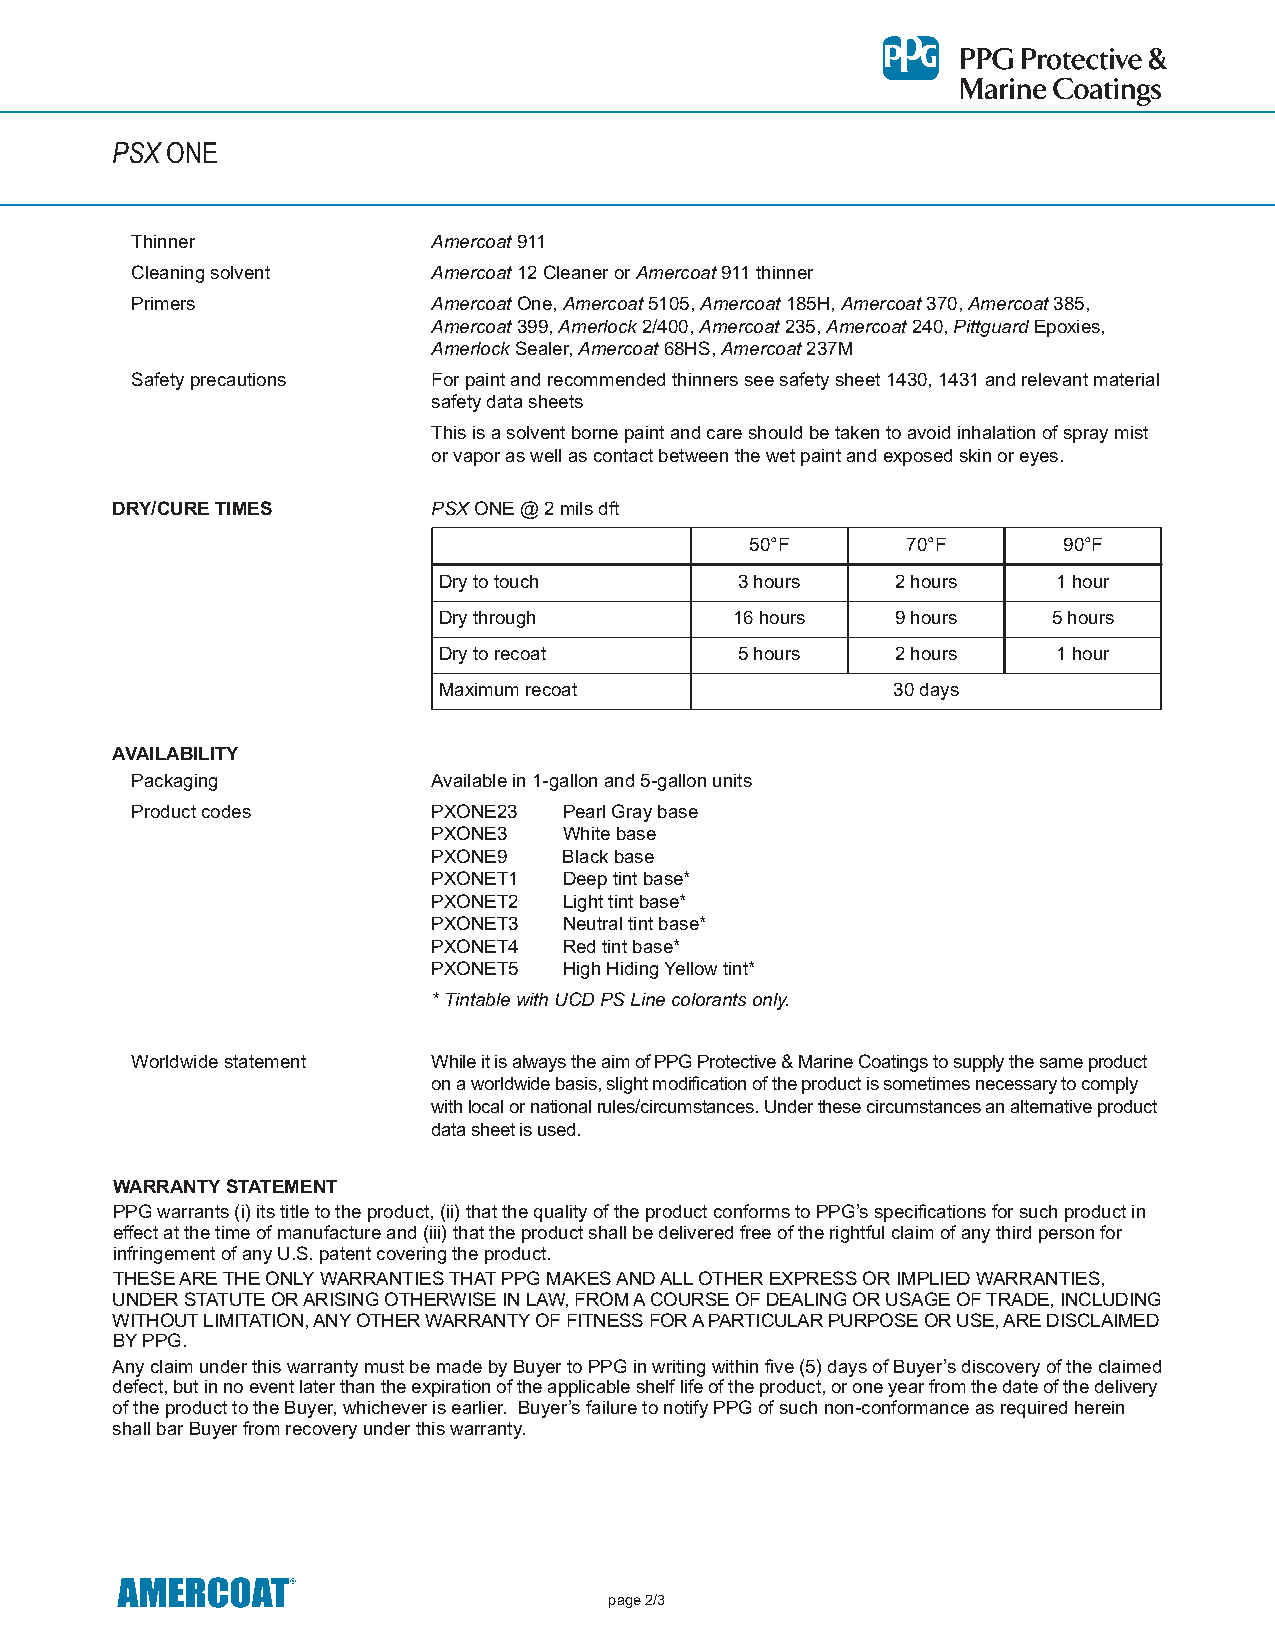
PSX ONE
 Thinner             Amercoat911
 Cleaningsolvent     Amercoat12CleanerorAmercoat911thinner
 Primers             AmercoatOne,Amercoat5105,Amercoat185H,Amercoat370,Amercoat385,
 Amercoat399,Amerlock2/400,Amercoat235,Amercoat240,PittguardEpoxies,
 AmerlockSealer,Amercoat68HS,Amercoat237M
 Safetyprecautions   Forpaintandrecommendedthinnersseesafetysheet1430,1431andrelevantmaterial
 safetydatasheets
 Thisisasolventbornepaintandcareshouldbetakentoavoidinhalationofspraymist
 orvaporaswellascontactbetweenthewetpaintandexposedskinoreyes.
 DRY/CURETIMES
 PSXONE@2milsdft
 50°F      70°F      90°F
 Drytotouch          3hours    2hours     1hour
 Drythrough          16hours   9hours     5hours
 Drytorecoat         5hours    2hours     1hour
 Maximumrecoat                 30days
 AVAILABILITY
 Packaging           Availablein1-gallonand5-gallonunits
 Productcodes        PXONE23 PearlGraybase
 PXONE3  Whitebase
 PXONE9  Blackbase
 PXONET1 Deeptintbase*
 PXONET2 Lighttintbase*
 PXONET3 Neutraltintbase*
 PXONET4 Redtintbase*
 PXONET5 HighHidingYellowtint*
 *TintablewithUCDPSLinecolorantsonly.
 Worldwidestatement  WhileitisalwaystheaimofPPGProtective&MarineCoatingstosupplythesameproduct
 onaworldwidebasis,slightmodificationoftheproductissometimesnecessarytocomply
 withlocalornationalrules/circumstances.Underthesecircumstancesanalternativeproduct
 datasheetisused.
 WARRANTYSTATEMENT
 PPGwarrants(i)itstitletotheproduct,(ii)thatthequalityoftheproductconformstoPPG’sspecificationsforsuchproductin
 effectatthetimeofmanufactureand(iii)thattheproductshallbedeliveredfreeoftherightfulclaimofanythirdpersonfor
 infringementofanyU.S.patentcoveringtheproduct.
 THESEARETHEONLYWARRANTIESTHATPPGMAKESANDALLOTHEREXPRESSORIMPLIEDWARRANTIES,
 UNDERSTATUTEORARISINGOTHERWISEINLAW,FROMACOURSEOFDEALINGORUSAGEOFTRADE,INCLUDING
 WITHOUTLIMITATION,ANYOTHERWARRANTYOFFITNESSFORAPARTICULARPURPOSEORUSE,AREDISCLAIMED
 BYPPG.
 AnyclaimunderthiswarrantymustbemadebyBuyertoPPGinwritingwithinfive(5)daysofBuyer’sdiscoveryoftheclaimed
 defect,butinnoeventlaterthantheexpirationoftheapplicableshelflifeoftheproduct,oroneyearfromthedateofthedelivery
 oftheproducttotheBuyer,whicheverisearlier. Buyer’sfailuretonotifyPPGofsuchnon-conformanceasrequiredherein
 shallbarBuyerfromrecoveryunderthiswarranty.
 page2/3